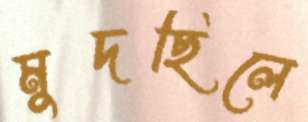
মুদছিলে